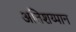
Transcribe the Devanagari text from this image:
अतिशय्पान